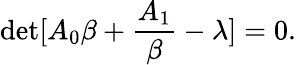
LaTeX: \operatorname*{det}[A_{0}\beta+\frac{A_{1}}{\beta}-\lambda]=0.